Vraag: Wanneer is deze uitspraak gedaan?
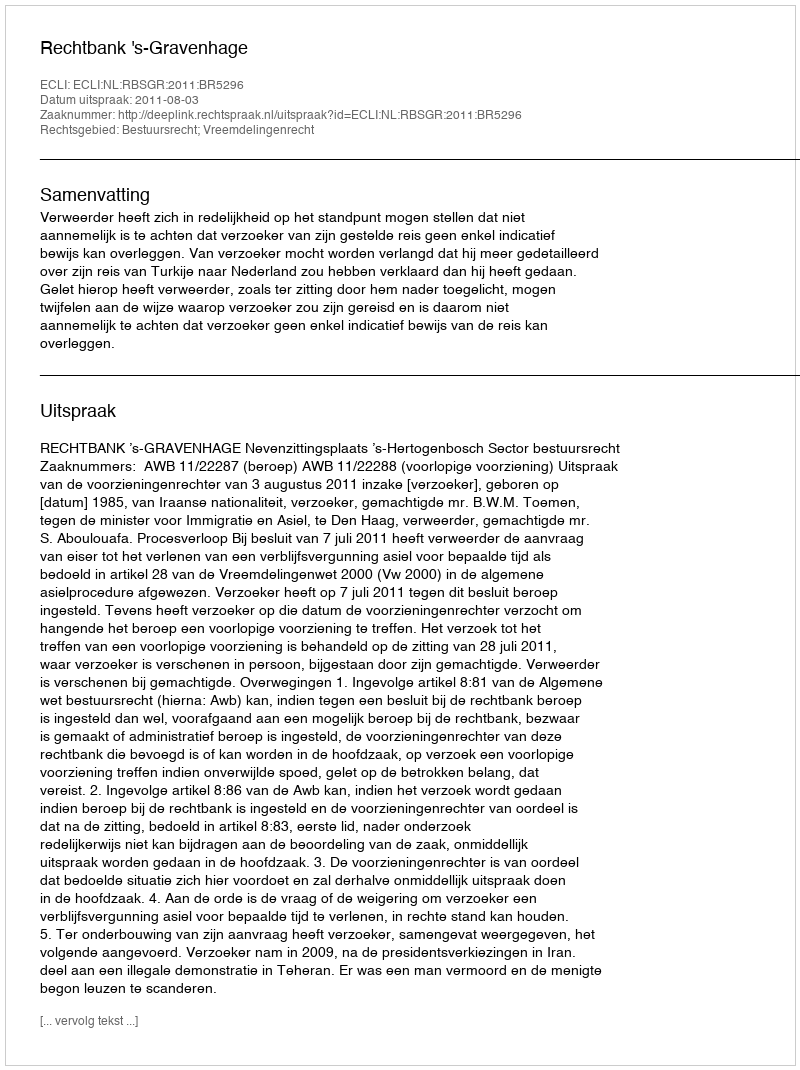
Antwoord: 2011-08-03